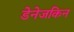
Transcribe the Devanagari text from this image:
डेनेजकिन